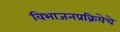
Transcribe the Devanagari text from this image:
विभाजनप्रक्रियेचे